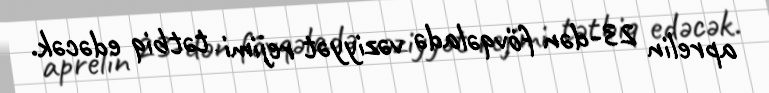
aprelin 23-dən fövqəladə vəziyyət rejimi tətbiq edəcək.